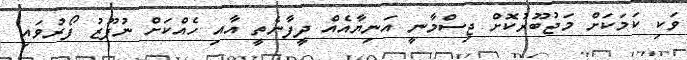
ވަކި ކަމަކަށް މަޖުބޫރުކޮށް ޖިސްމާނީ އަނިޔާއެއް ދީފާނެތީ އާއި ހެއްކަށް ނުފޫޒު ފޯރުވައި